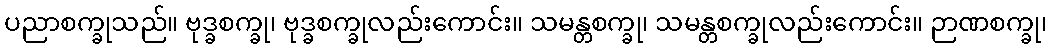
ပညာစက္ခုသည်။ ဗုဒ္ခစက္ခု၊ ဗုဒ္ခစက္ခုလည်းကောင်း။ သမန္တစက္ခု၊ သမန္တစက္ခုလည်းကောင်း။ ဉာဏစက္ခု၊